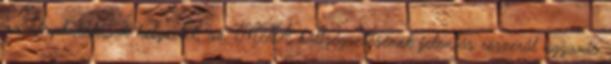
az alapkutatások helyzetét, az MTA költségvetésének jelentős részéről ugyanis